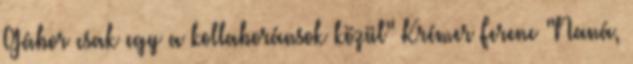
Gábor csak egy a kollaboránsok közül" Krémer Ferenc "Naná,